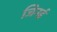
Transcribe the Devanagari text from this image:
जिनई